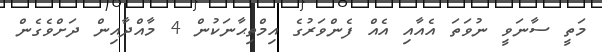
މަތީ ސާނަވީ ނުވަތަ އެއާއި އެއް ފެންވަރުގެ އިމްތިޙާނަކުން 4 މާއްދާއިން ދަށްވެގެން